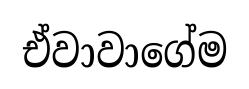
ඒවාවාගේම